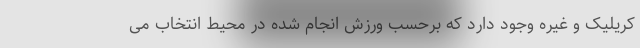
کریلیک و غیره وجود دارد که برحسب ورزش انجام شده در محیط انتخاب می‌